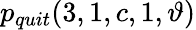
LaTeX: \displaystyle p_{quit}(3,1,c,1,\vartheta)